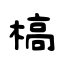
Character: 槁